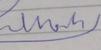
Signature authenticity: forged